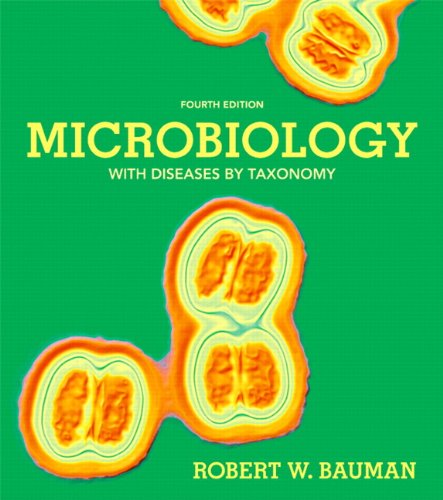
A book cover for Microbiology with Diseases by Taxonomy (4th Edition); Robert W. Bauman Ph.D.; Medical Books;